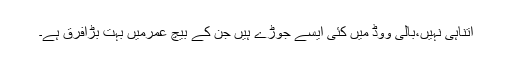
اتناہی نہیں،بالی ووڈ میں کئی ایسے جوڑے ہیں جن کے بیچ عمرمیں بہت بڑافرق ہے۔